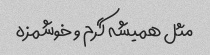
مثل همیشه گرم و خوشمزه